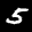
Label: 5